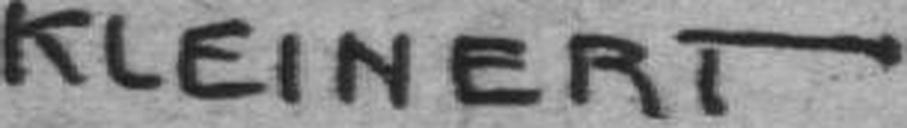
KLEINERT